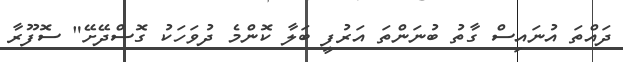
ދައްތަ އުނައިސް ގާތު ބުނަންތަ އަރުފީ ބަލާ ކޮންމެ ދުވަހަކު ގޮސްދޭށޭ" ސޮފޫރާ